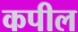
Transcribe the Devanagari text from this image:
कपील